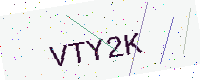
Text: VTY2K